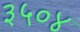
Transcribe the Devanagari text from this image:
३५०४